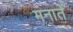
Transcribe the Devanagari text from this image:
मनातें